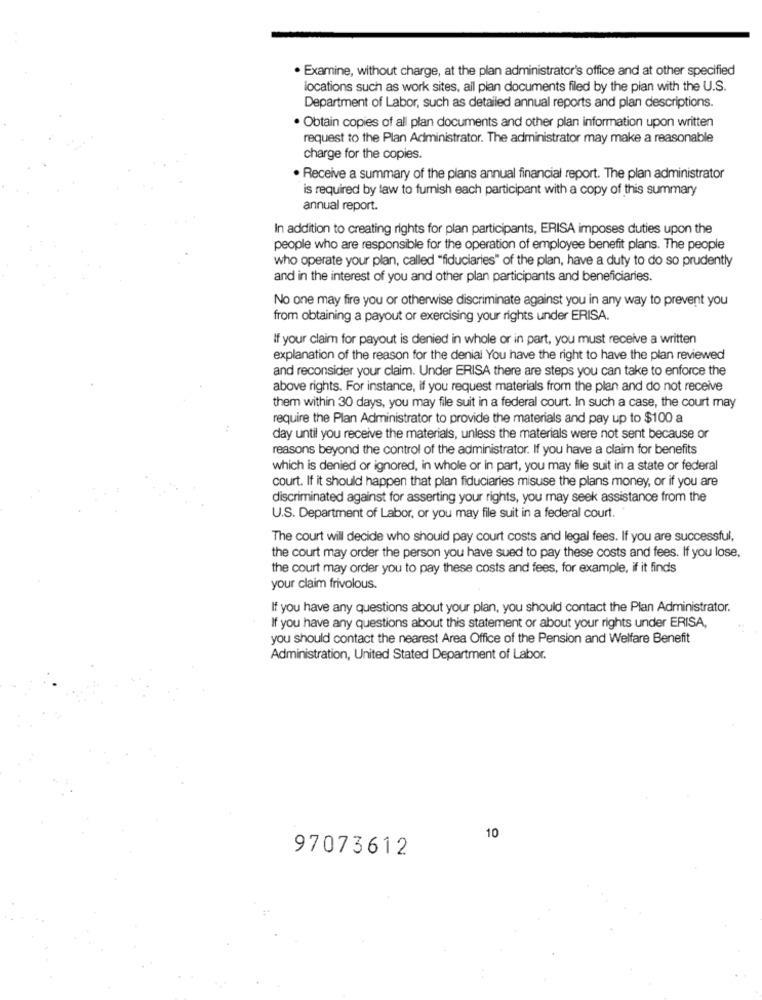
. Examine, without charge, at the plan administrator's office and at other specified
locations such as work sites, all plan documents filed by the plan with the U.S.
Department of Labor, such as detailed annual reports and plan descriptions.
· Obtain copies of all plan documents and other plan information upon written
request to the Plan Administrator. The administrator may make a reasonable
charge for the copies.
. Receive a summary of the plans annual financial report. The plan administrator
is required by law to furnish each participant with a copy of this summary
annual report.
In addition to creating rights for plan participants, ERISA imposes duties upon the
people who are responsible for the operation of employee benefit plans. The people
who operate your plan, called "fiduciaries" of the plan, have a duty to do so prudently
and in the interest of you and other plan participants and beneficiaries.
No one may fire you or otherwise discriminate against you in any way to prevent you
from obtaining a payout or exercising your rights under ERISA.
If your claim for payout is denied in whole or in part, you must receive a written
explanation of the reason for the denial You have the right to have the plan reviewed
and reconsider your claim. Under ERISA there are steps you can take to enforce the
above rights. For instance, if you request materials from the plan and do not receive
them within 30 days, you may file suit in a federal court. In such a case, the court may
require the Plan Administrator to provide the materials and pay up to $100 a
day until you receive the materials, unless the materials were not sent because or
reasons beyond the control of the administrator. If you have a claim for benefits
which is denied or ignored, in whole or in part, you may file suit in a state or federal
court. If it should happen that plan fiduciaries misuse the plans money, or if you are
discriminated against for asserting your rights, you may seek assistance from the
U.S. Department of Labor, or you may file suit in a federal court. .
The court will decide who should pay court costs and legal fees. If you are successful,
the court may order the person you have sued to pay these costs and fees. If you lose,
the court may order you to pay these costs and fees, for example, if it finds
your claim frivolous.
If you have any questions about your plan, you should contact the Plan Administrator.
If you have any questions about this statement or about your rights under ERISA,
you should contact the nearest Area Office of the Pension and Welfare Benefit
Administration, United Stated Department of Labor.
10
97073612